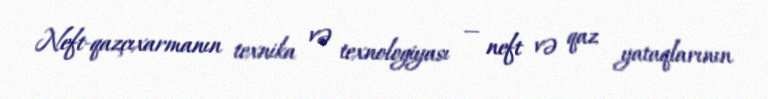
Neft-qazçıxarmanın texnika və texnologiyası — neft və qaz yataqlarının